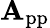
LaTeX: \mathbf{A}_{\mathrm{{pp}}}